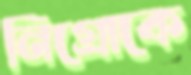
নিগ্রোকে